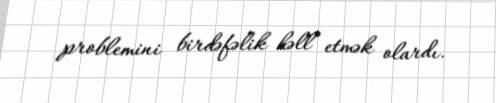
problemini birdəfəlik həll etmək olardı.